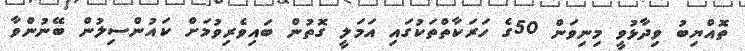
ތޮއްޔިބު ވިދާޅުވީ މިނިވަން 50ގެ ހަރަކާތްތަކުގައި އަމަލީ ގޮތުން ބައިވެރިވުމަށް ކައުންސިލުން ބޭނުންވާ